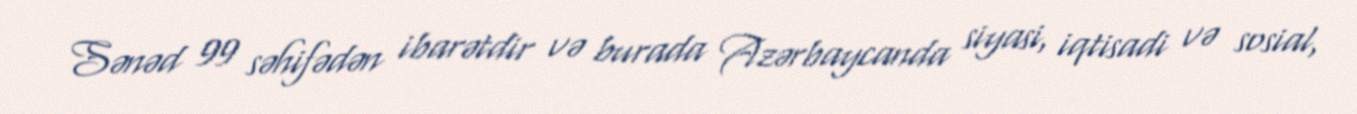
Sənəd 99 səhifədən ibarətdir və burada Azərbaycanda siyasi, iqtisadi və sosial,